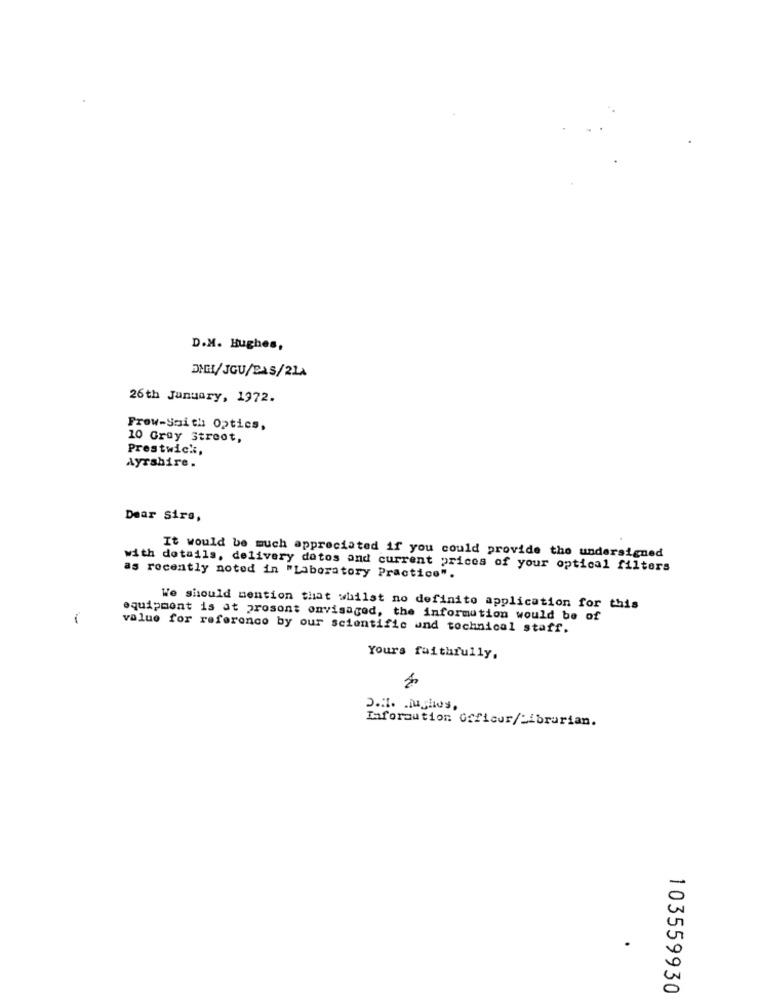
D.M. Hughes,
26th January, 1972.
Frow-Saith Optics,
10 Grey Street,
Prestwick,
Ayrshire.
Dear Sirs,
It would be much appreciated if you could provide the undersigned
with details, delivery datos and current prices of your optical filters
as recently noted in "Laboratory Practice".
We should mention that whilst no definite application for this
equipment is at prosont onvisaged, the information would be of
value for reference by our scientific and technical staff.
Yours faithfully,
Information Officer/Librarian.
-
0
0
103559930